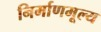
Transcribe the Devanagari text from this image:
निर्माणमूल्य